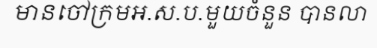
មានចៅក្រមអ.ស.ប.មួយចំនួន បានលា